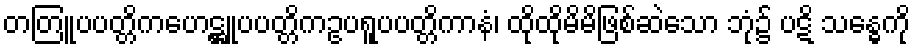
တတြူပပတ္တိကဟေဋ္ဌူပပတ္တိကဥပရူပပတ္တိကာနံ၊ ထိုထိုမိမိဖြစ်ဆဲသော ဘုံ၌ ပဋိ သန္ဓေကို